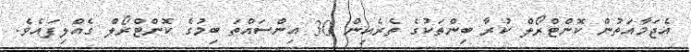
އެޖަމާއަތުން ކޮންޓްރޯލް ކުރާ ބިންތަކުގެ ތެރެއިން 30 އިންސައްތަ ބިމުގެ ކޮންޓްރޯލް ގެއްލިފައެވެ.